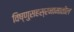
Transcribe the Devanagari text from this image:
विष्णुसहस्रनामातील